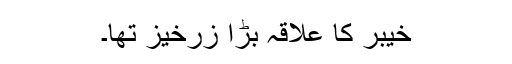
خیبر کا علاقہ بڑا زرخیز تھا۔